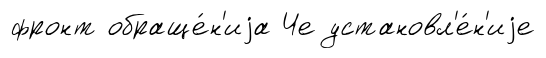
фронт обраще́н'иjа Че установл'е́н'иjе